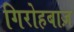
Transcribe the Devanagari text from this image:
गिरोहबाज़